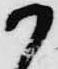
か